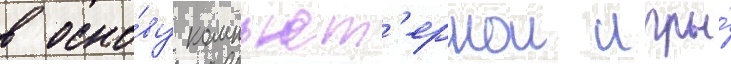
в осно́ву компьют'ернои игры́